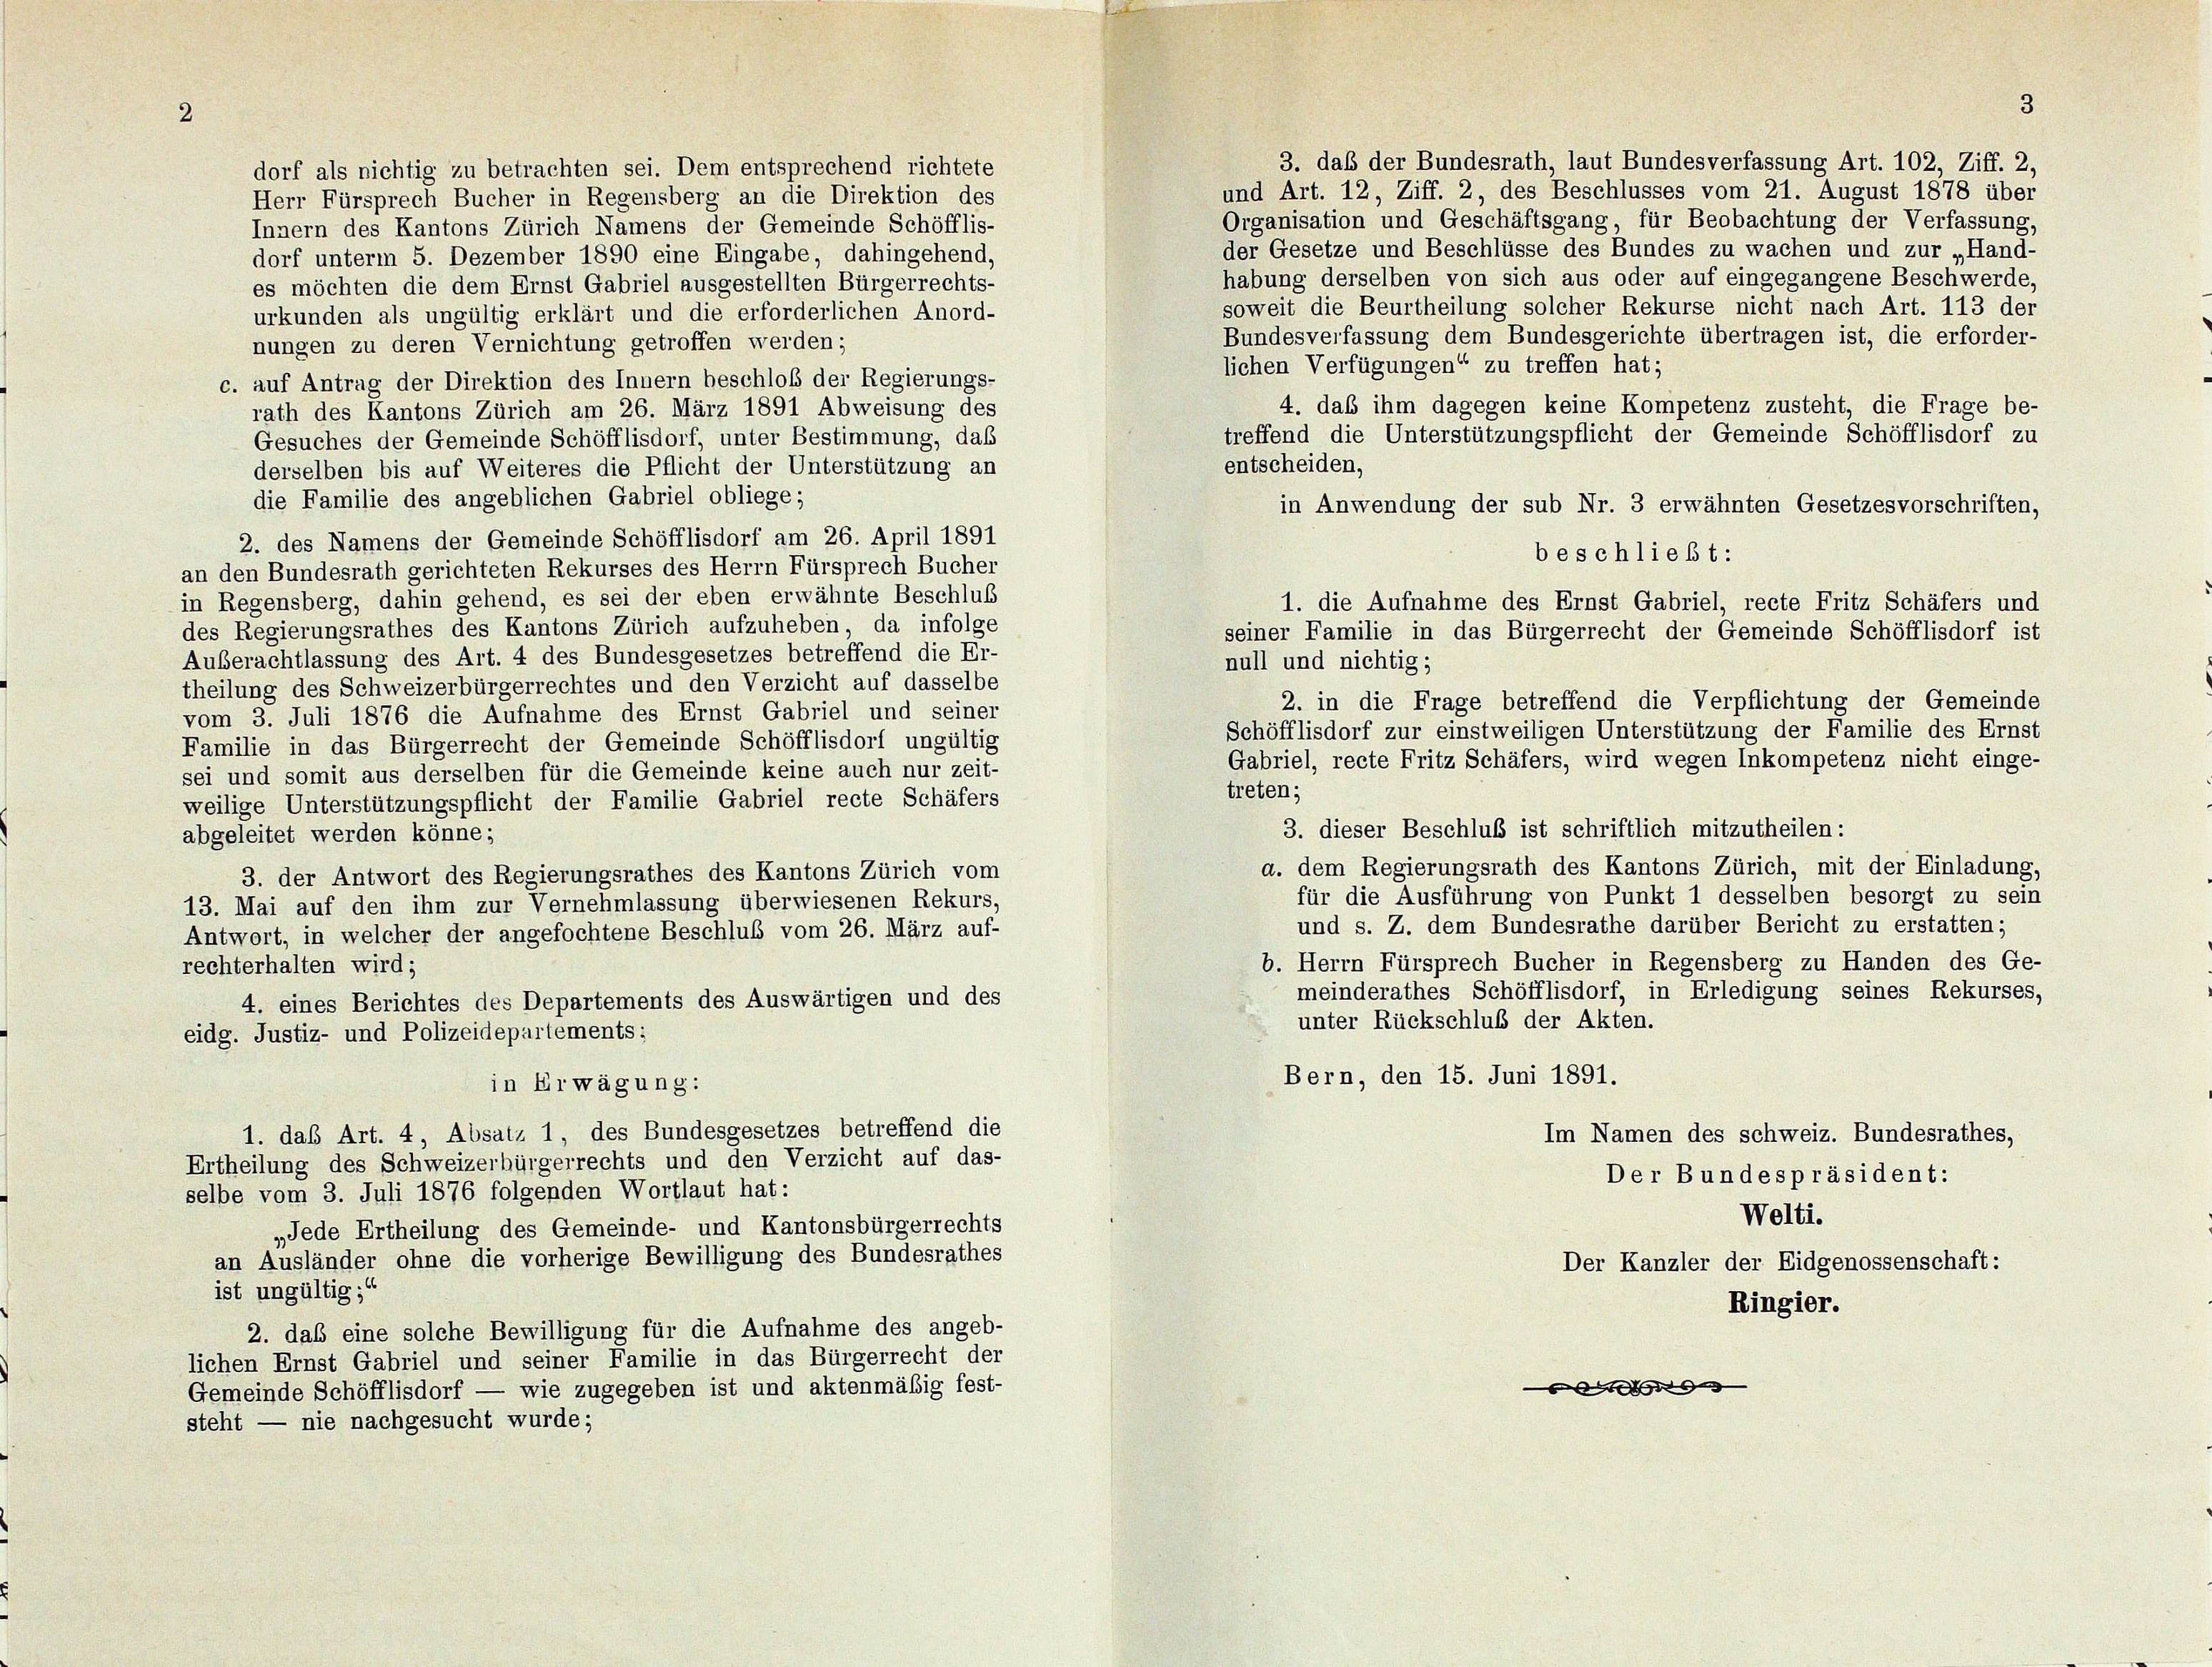
3. daß der Bundesrath, laut Bundesverfassung Art. 102, Ziff. 2,
dorf als nichtig zu betrachten sei. Dem entsprechend richtete
und Art. 12, Ziff. 2, des Beschlusses vom 21. August 1878 über
Herr Fürsprech Bucher in Regensberg an die Direktion des
Organisation und Geschäftsgang, für Beobachtung der Verfassung,
Innern des Kantons Zürich Namens der Gemeinde Schöfflis-
der Gesetze und Beschlüsse des Bundes zu wachen und zur „Hand-
dorf unterm 5. Dezember 1890 eine Eingabe, dahingehend,
habung derselben von sich aus oder auf eingegangene Beschwerde,
es möchten die dem Ernst Gabriel ausgestellten Bürgerrechts-
soweit die Beurtheilung solcher Rekurse nicht nach Art. 113 der
urkunden als ungültig erklärt und die erforderlichen Anord-
Bundesverfassung dem Bundesgerichte übertragen ist, die erforder-
nungen zu deren Vernichtung getroffen werden;
lichen Verfügungen“ zu treffen hat;
c. auf Antrag der Direktion des Innern beschloß der Regierungs-
4. daß ihm dagegen keine Kompetenz zusteht, die Frage be-
rath des Kantons Zürich am 26. März 1891 Abweisung des
treffend die Unterstützungspflicht der Gemeinde Schöfflisdorf zu
Gesuches der Gemeinde Schöfflisdorf, unter Bestimmung, daß
entscheiden,
derselben bis auf Weiteres die Pflicht der Unterstützung an
die Familie des angeblichen Gabriel obliege;
in Anwendung der sub Nr. 3 erwähnten Gesetzesvorschriften,
2. des Namens der Gemeinde Schöfflisdorf am 26. April 1891
beschließt:
an den Bundesrath gerichteten Rekurses des Herrn Fürsprech Bucher
in Regensberg, dahin gehend, es sei der eben erwähnte Beschluß
1. die Aufnahme des Ernst Gabriel, recte Fritz Schäfers und
des Regierungsrathes des Kantons Zürich aufzuheben, da infolge
seiner Familie in das Bürgerrecht der Gemeinde Schöfflisdorf ist
Außerachtlassung des Art. 4 des Bundesgesetzes betreffend die Er-
null und nichtig;
theilung des Schweizerbürgerrechtes und den Verzicht auf dasselbe
2. in die Frage betreffend die Verpflichtung der Gemeinde
vom 3. Juli 1876 die Aufnahme des Ernst Gabriel und seiner
Schöfflisdorf zur einstweiligen Unterstützung der Familie des Ernst
Familie in das Bürgerrecht der Gemeinde Schöfflisdorf ungültig
Gabriel, recte Fritz Schäfers, wird wegen Inkompetenz nicht einge-
sei und somit aus derselben für die Gemeinde keine auch nur zeit-
treten;
weilige Unterstützungspflicht der Familie Gabriel recte Schäfers
3. dieser Beschluß ist schriftlich mitzutheilen:
abgeleitet werden könne;
a. dem Regierungsrath des Kantons Zürich, mit der Einladung,
3. der Antwort des Regierungsrathes des Kantons Zürich vom
für die Ausführung von Punkt 1 desselben besorgt zu sein
13. Mai auf den ihm zur Vernehmlassung überwiesenen Rekurs,
und s. Z. dem Bundesrathe darüber Bericht zu erstatten;
Antwort, in welcher der angefochtene Beschluß vom 26. März auf-
b. Herrn Fürsprech Bucher in Regensberg zu Handen des Ge-
rechterhalten wird;
meinderathes Schöfflisdorf, in Erledigung seines Rekurses,
4. eines Berichtes des Departements des Auswärtigen und des
unter Rückschluß der Akten.
eidg. Justiz- und Polizeidepartements;
Bern, den 15. Juni 1891.
in Erwägung:
1. das Art. 4, Absatz 1, des Bundesgesetzes betreffend die
Im Namen des schweiz. Bundesrathes,
Ertheilung des Schweizerbürgerrechts und den Verzicht auf das-
Der Bundespräsident:
selbe vom 3. Juli 1876 folgenden Wortlaut hat:
Welti.
„Jede Ertheilung des Gemeinde- und Kantonsbürgerrechts
an Ausländer ohne die vorherige Bewilligung des Bundesrathes
Der Kanzler der Eidgenossenschaft:
ist ungültig;“
Ringier.
2. das eine solche Bewilligung für die Aufnahme des angeb-
lichen Ernst Gabriel und seiner Familie in das Bürgerrecht der
e
Gemeinde Schöfflisdorf — wie zugegeben ist und aktenmäßig fest-
steht — nie nachgesucht wurde;

3